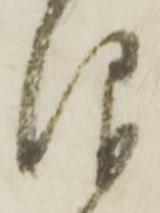
仰